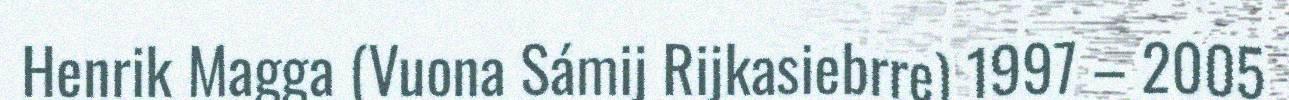
Henrik Magga (Vuona Sámij Rijkasiebrre) 1997 – 2005